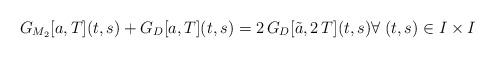
LaTeX: \begin{align*}G_{M_2}[a,T](t,s)+G_{D}[a,T](t,s)=2\, G_D[\tilde{a},2\,T](t,s)\forall \; (t,s)\in I\times I\end{align*}